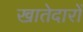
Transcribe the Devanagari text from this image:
खातेदारों